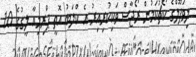
ލިވަޕޫލްގެ ކޯޗުކަމުން ރޯޖާސް ވަކިކުރިއިރު އެ ކްލަބު އޮތީ ޕްރިމިއާ ލީގުގެ 10